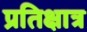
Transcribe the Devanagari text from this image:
प्रतिक्षात्र